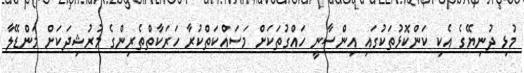
މުޅި ދުނިޔޭގެ އެކި ކަންކޮޅުތަކުގައި އިންސާނީ ހައްގުތަކަށް މަސައްކަތްކުރާ ހަރަކާތްތެރިންގެ މުރުޝިދަކަށް މަންޑޭލާ